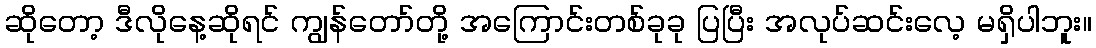
ဆိုတော့ ဒီလိုနေ့ဆိုရင် ကျွန်တော်တို့ အကြောင်းတစ်ခုခု ပြပြီး အလုပ်ဆင်းလေ့ မရှိပါဘူး။